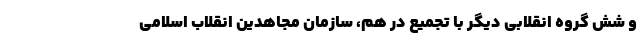
و شش گروه انقلابی دیگر با تجمیع در هم، سازمان مجاهدین انقلاب اسلامی